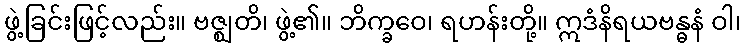
ဖွဲ့ခြင်းဖြင့်လည်း။ ဗဇ္ဈတိ၊ ဖွဲ့၏။ ဘိက္ခဝေ၊ ရဟန်းတို့။ ဣဒံနိရယဗန္ဓနံ ဝါ၊